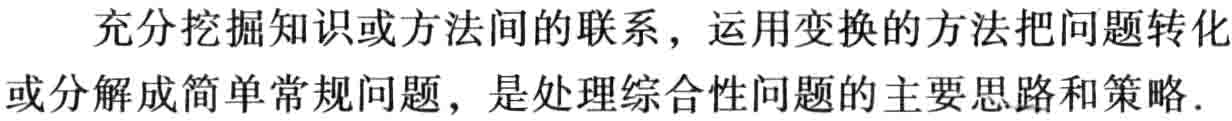
充分挖掘知识或方法间的联系，运用变换的方法把问题转化或分解成简单常规问题，是处理综合性问题的主要思路和策略.